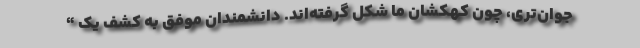
جوان‌تری، چون کهکشان ما شکل گرفته‌اند. دانشمندان موفق به کشف یک “